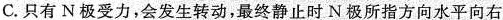
C.只有N极受力，会发生转动，最终静止时N极所指方向水平向右